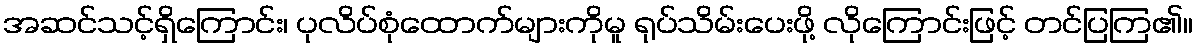
အဆင်သင့်ရှိကြောင်း၊ ပုလိပ်စုံထောက်များကိုမူ ရုပ်သိမ်းပေးဖို့ လိုကြောင်းဖြင့် တင်ပြကြ၏။